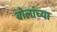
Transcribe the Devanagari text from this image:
बोलांच्या